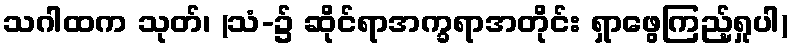
သဂါထက သုတ်၊ (သံ-၌ ဆိုင်ရာအက္ခရာအတိုင်း ရှာဖွေကြည့်ရှုပါ)